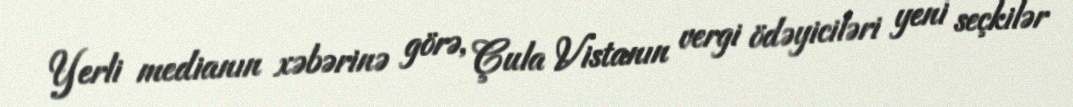
Yerli medianın xəbərinə görə, Çula Vistanın vergi ödəyiciləri yeni seçkilər